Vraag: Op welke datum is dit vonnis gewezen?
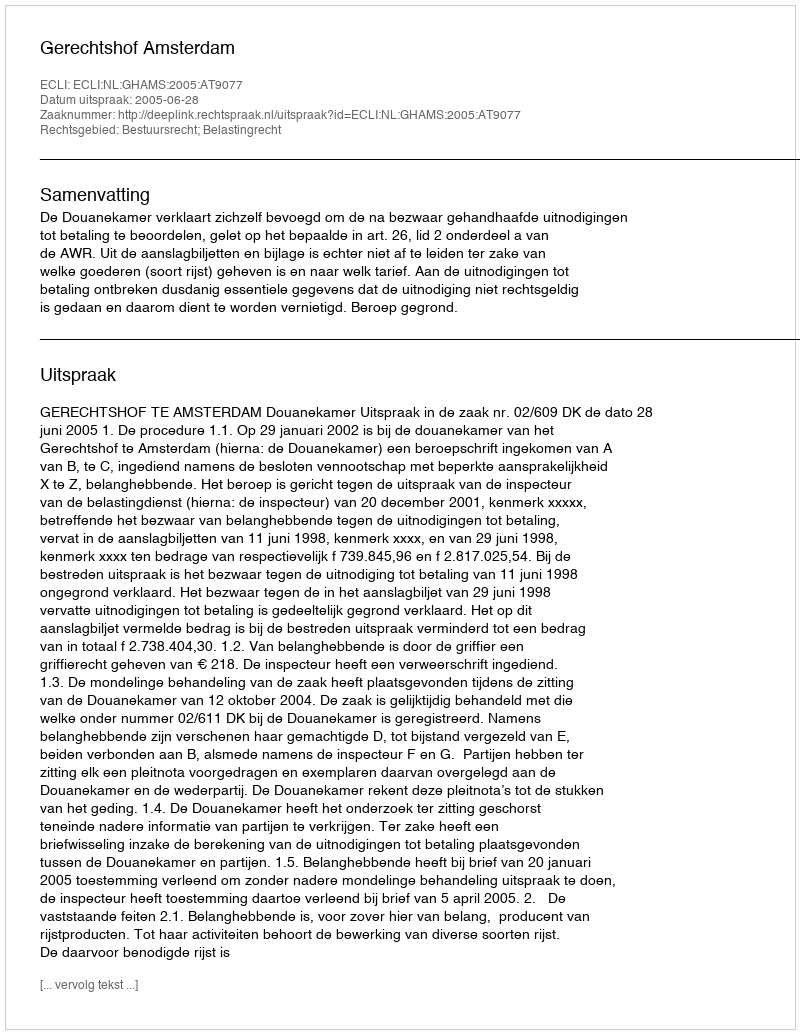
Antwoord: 2005-06-28